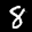
Label: 8